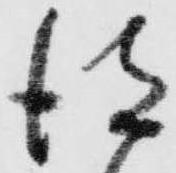
得